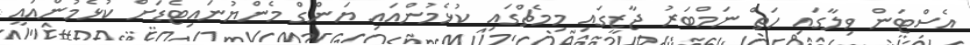
އެސްޓަން ވިލާގައި ހަތް ނަމްބަރު ޖާޒީގައި މިމެޗްގައި ކުޅެމުންއައި ޔަންގް މެންޔުނައިޓެޑަށް ކުޅެމުންއައީ